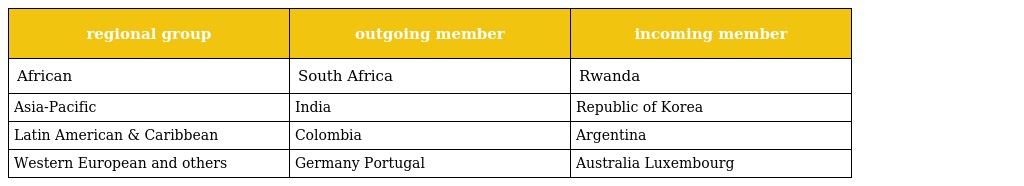
| regional group | outgoing member | incoming member |
 | --- | --- | --- |
 | African | South Africa | Rwanda |
 | Asia-Pacific | India | Republic of Korea |
 | Latin American & Caribbean | Colombia | Argentina |
 | Western European and others | Germany Portugal | Australia Luxembourg |